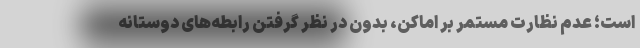
است؛ عدم نظارت مستمر بر اماکن، بدون در نظر گرفتن رابطه‌های دوستانه